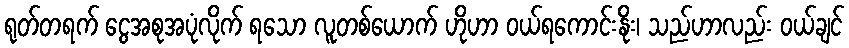
ရုတ်တရက် ငွေအစုအပုံလိုက် ရသော လူတစ်ယောက် ဟိုဟာ ဝယ်ရကောင်းနိုး၊ သည်ဟာလည်း ဝယ်ချင်